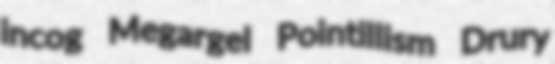
incog Megargel Pointillism Drury